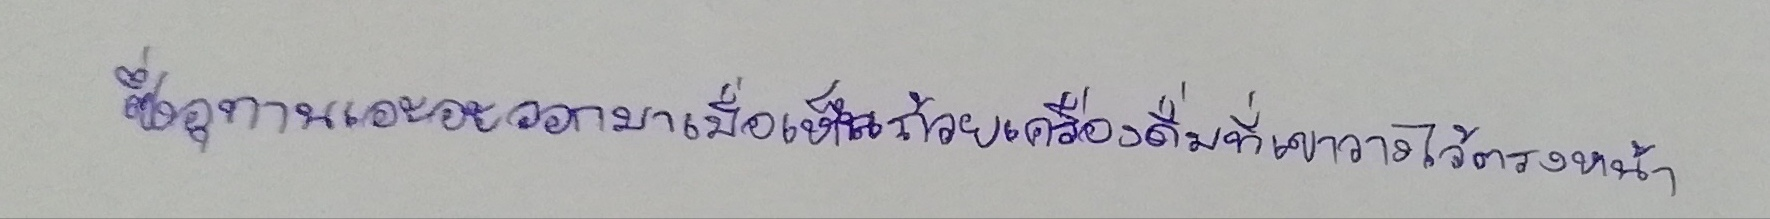
ซึ่งอุทานเอะอะออกมาเมื่อเห็นถ้วยเครื่องดื่มที่เขาวางไว้ตรงหน้า